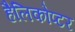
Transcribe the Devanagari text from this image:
हैलिकोप्टर